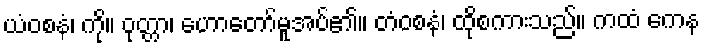
ယံဝစနံ၊ ကို။ ဝုတ္တာ၊ ဟောတော်မူအပ်၏။ တံဝစနံ၊ ထိုစကားသည်။ ကထံ ကေန